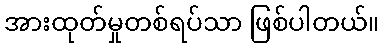
အားထုတ်မှုတစ်ရပ်သာ ဖြစ်ပါတယ်။